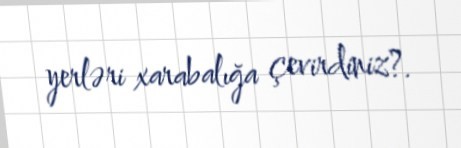
yerləri xarabalığa çevirdiniz?.